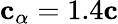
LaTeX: {\mathbf{c}}_{\alpha}=1.4{\mathbf{c}}